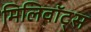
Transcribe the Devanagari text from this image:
मिलिवॉट्स